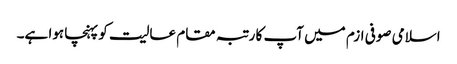
اسلامی صوفی ازم میں آپ کا رتبہ مقام عالیت کو پہنچا ہوا ہے۔